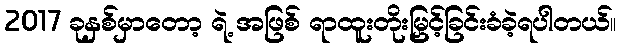
2017 ခုနှစ်မှာတော့ ရဲ့ အဖြစ် ရာထူးတိုးမြှင့်ခြင်းခံခဲ့ရပါတယ်။